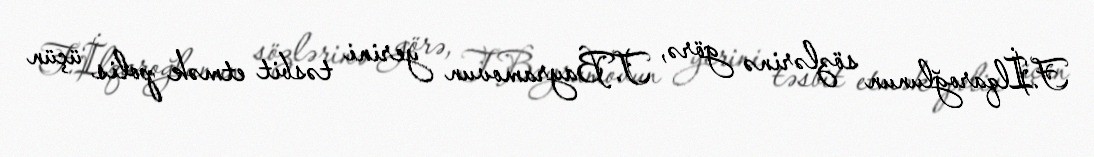
F.İlqaroğlunun sözlərinə görə, T.Bayramovun yerini təsbit etmək polis üçün